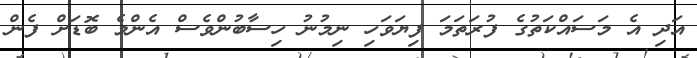
އަދި އެ މަސައްކަތުގެ ފުރަތަމަ ފިޔަވަހި ނިމުނު ހިސާބުންވެސް އެންމެ ބޮޑަށް ފެން